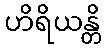
ဟိရိယန္တိ